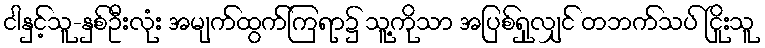
ငါနှင့်သူ-နှစ်ဦးလုံး အမျက်ထွက်ကြရာ၌ သူ့ကိုသာ အပြစ်ရှုလျှင် တဘက်သပ် ငြိုးသူ